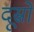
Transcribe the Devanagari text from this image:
दूस्रो